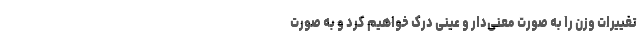
تغییرات وزن را به‌ صورت معنی‌دار و عینی درک خواهیم کرد و به‌ صورت